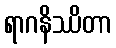
ရာဂနိဿိတာ